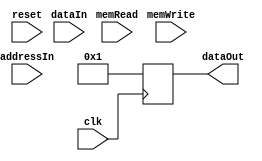
module testDM(input clk,input reset,input memRead,input memWrite,input [31:0] addressIn,input [31:0] dataIn, output reg [31:0] dataOut );
	always@(negedge clk)
		dataOut=32'd1;
endmodule

//Flip Flops for the IM Registers
module D_ff_IM(input clk, input reset, input d, output reg q);
	always@(negedge clk)
		begin
			if(reset)
				q=d;
		end
endmodule

// 16 bit Registers
module register_IM(input clk, input reset, input [15:0] d_in, output [15:0] q_out);
	D_ff_IM dIM0 (clk, reset, d_in[0], q_out[0]);
	D_ff_IM dIM1 (clk, reset, d_in[1], q_out[1]);
	D_ff_IM dIM2 (clk, reset, d_in[2], q_out[2]);
	D_ff_IM dIM3 (clk, reset, d_in[3], q_out[3]);
	D_ff_IM dIM4 (clk, reset, d_in[4], q_out[4]);
	D_ff_IM dIM5 (clk, reset, d_in[5], q_out[5]);
	D_ff_IM dIM6 (clk, reset, d_in[6], q_out[6]);
	D_ff_IM dIM7 (clk, reset, d_in[7], q_out[7]);
	D_ff_IM dIM8 (clk, reset, d_in[8], q_out[8]);
	D_ff_IM dIM9 (clk, reset, d_in[9], q_out[9]);
	D_ff_IM dIM10 (clk, reset, d_in[10], q_out[10]);
	D_ff_IM dIM11 (clk, reset, d_in[11], q_out[11]);
	D_ff_IM dIM12 (clk, reset, d_in[12], q_out[12]);
	D_ff_IM dIM13 (clk, reset, d_in[13], q_out[13]);
	D_ff_IM dIM14 (clk, reset, d_in[14], q_out[14]);
	D_ff_IM dIM15 (clk, reset, d_in[15], q_out[15]);
endmodule



module mux32to1_IM(input [15:0] outR0,outR1,outR2,outR3,outR4,outR5,outR6,outR7,outR8,outR9,outR10,outR11,outR12,outR13,outR14,outR15,
	outR16,outR17,outR18,outR19,outR20,outR21,outR22,outR23,outR24,outR25,outR26,outR27,outR28,outR29,outR30,outR31,
	input [4:0] Sel, output reg [47:0] outBus );

	always@(outR0,outR1,outR2,outR3,outR4,outR5,outR6,outR7,outR8,outR9,outR10,outR11,outR12,outR13,outR14,outR15,
		outR16,outR17,outR18,outR19,outR20,outR21,outR22,outR23,outR24,outR25,outR26,outR27,outR28,outR29,outR30,outR31,Sel)
		case (Sel)
			5'd0: outBus = {outR2,outR1,outR0};
			5'd1: outBus = {outR3,outR2,outR1};
			5'd2: outBus = {outR4,outR3,outR2};
			5'd3: outBus = {outR5,outR4,outR3};
			5'd4: outBus = {outR6,outR5,outR4};
			5'd5: outBus = {outR7,outR6,outR5};
			5'd6: outBus = {outR8,outR7,outR6};
			5'd7: outBus = {outR9,outR8,outR7};
			5'd8: outBus = {outR10,outR9,outR8};
			5'd9: outBus = {outR11,outR10,outR9};
			5'd10: outBus = {outR12,outR11,outR10};
			5'd11: outBus = {outR13,outR12,outR11};
			5'd12: outBus = {outR14,outR13,outR12};
			5'd13: outBus = {outR15,outR14,outR13};
			5'd14: outBus = {outR16,outR15,outR14};
			5'd15: outBus = {outR17,outR16,outR15};
			5'd16: outBus = {outR18,outR17,outR16};
			5'd17: outBus = {outR19,outR18,outR17};
			5'd18: outBus = {outR20,outR19,outR18};
			5'd19: outBus = {outR21,outR20,outR19};
			5'd20: outBus = {outR22,outR21,outR20};
			5'd21: outBus = {outR23,outR22,outR21};
			5'd22: outBus = {outR24,outR23,outR22};
			5'd23: outBus = {outR25,outR24,outR23};
			5'd24: outBus = {outR26,outR25,outR24};
			5'd25: outBus = {outR27,outR26,outR25};
			5'd26: outBus = {outR28,outR27,outR26};
			5'd27: outBus = {outR29,outR28,outR27};
			5'd28: outBus = {outR30,outR29,outR28};
			5'd29: outBus = {outR31,outR30,outR29};
			5'd30: outBus = {32'b0,outR31,outR30};
			5'd31: outBus = {32'b0,32'b0,outR31};
		endcase
endmodule


module testIM(input clk, input reset, input [4:0] pc_5bits, output [47:0] IR);

	wire [15:0] Qout0, Qout1, Qout2, Qout3, Qout4, Qout5, Qout6, Qout7,	Qout8, Qout9, Qout10, Qout11, Qout12, Qout13, Qout14, Qout15,
				Qout16, Qout17, Qout18, Qout19, Qout20, Qout21, Qout22, Qout23,	Qout24, Qout25, Qout26, Qout27, Qout28, Qout29, Qout30, Qout31;

	register_IM rIM0 (clk, reset, 16'b1_101_00010_0010011, Qout0);
	register_IM rIM1 (clk, reset, 16'b0100000_00001_0001, Qout1); //srai $t2, $t1, 5'd1
	register_IM rIM2 (clk, reset, 16'b110_000_000_00_001_00, Qout2); //sw $1, $0(0)
	register_IM rIM3 (clk, reset, 16'h0000, Qout3);
	register_IM rIM4 (clk, reset, 16'b0_000_00100_0110011, Qout4);
	register_IM rIM5 (clk, reset, 16'b0100000_00011_0000, Qout5); //sub $t3, $0, $t4
	register_IM rIM6 (clk, reset, 16'b1000_00101_00001_10, Qout6); //cmv $t5, $1
	register_IM rIM7 (clk, reset, 16'h0000, Qout7);
	register_IM rIM8 (clk, reset, 16'b0_000_00001_0010011, Qout8);
	register_IM rIM9 (clk, reset, 16'b000000000001_0000, Qout9); //addi $t1, $0, 12'd1
	register_IM rIM10 (clk, reset, 16'b110_000_000_00_100_00, Qout10); //sw $t4, $0(0)
	register_IM rIM11 (clk, reset, 16'h0000, Qout11);
	register_IM rIM12 (clk, reset, 16'b1_101_00010_0010011, Qout12);
	register_IM rIM13 (clk, reset, 16'b0100000_00010_0101, Qout13); //srai $t2, $t1, 5'd2
	register_IM rIM14 (clk, reset, 16'b1000_00110_00000_10, Qout14); //cmv $t6, $t0
	register_IM rIM15 (clk, reset, 16'h0000, Qout15);
	register_IM rIM16 (clk, reset, 16'h0000, Qout16);
	register_IM rIM17 (clk, reset, 16'h0000, Qout17);
	register_IM rIM18 (clk, reset, 16'h0000, Qout18);
	register_IM rIM19 (clk, reset, 16'h0000, Qout19);
	register_IM rIM20 (clk, reset, 16'h0000, Qout20);
	register_IM rIM21 (clk, reset, 16'h0000, Qout21);
	register_IM rIM22 (clk, reset, 16'h0000, Qout22);
	register_IM rIM23 (clk, reset, 16'h0000, Qout23);
	register_IM rIM24 (clk, reset, 16'h0000, Qout24);
	register_IM rIM25 (clk, reset, 16'h0000, Qout25);
	register_IM rIM26 (clk, reset, 16'h0000, Qout26);
	register_IM rIM27 (clk, reset, 16'h0000, Qout27);
	register_IM rIM28 (clk, reset, 16'h0000, Qout28);
	register_IM rIM29 (clk, reset, 16'h0000, Qout29);
	register_IM rIM30 (clk, reset, 16'h0000, Qout30);
	register_IM rIM31 (clk, reset, 16'h0000, Qout31);
	mux32to1_IM mIM (Qout0,Qout1,Qout2,Qout3,Qout4,Qout5,Qout6,Qout7,Qout8,Qout9,Qout10,Qout11,Qout12,Qout13,Qout14,Qout15,
					Qout16,Qout17,Qout18,Qout19,Qout20,Qout21,Qout22,Qout23,Qout24,Qout25,Qout26,Qout27,Qout28,Qout29,Qout30,Qout31,
					pc_5bits[4:0],IR);
endmodule

//module IM ends

//*****************************************************************************************************************************************************************************